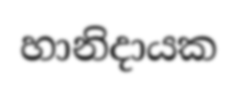
හානිදායක